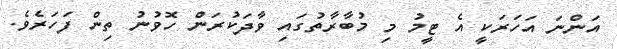
އަންނަ އަހަރަކީ އެ ޓީމު މި މުބާރާތުގައި ވާދަކުރަން ހޮވުނު ތިން ފަހަރެވެ.